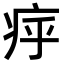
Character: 𤵡